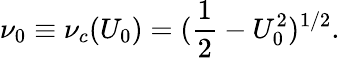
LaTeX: \nu_{0}\equiv\nu_{c}(U_{0})=(\frac{1}{2}-U_{0}^{2})^{1/2}.